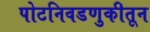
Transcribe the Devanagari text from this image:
पोटनिवडणुकीतून